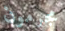
مجرمون